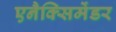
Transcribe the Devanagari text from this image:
एनैक्सिमेंडर